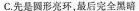
C.先是圆形亮环，最后完全黑暗